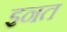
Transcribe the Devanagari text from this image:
इनत